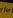
for